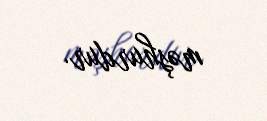
məşhurdur.